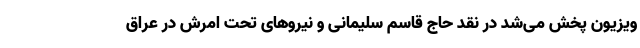
ویزیون پخش می‌شد در نقد حاج قاسم سلیمانی و نیروهای تحت امرش در عراق